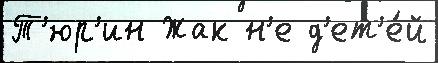
Т'юр'ин Жак н'е д'ет'е́й